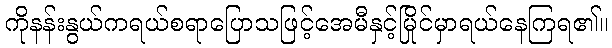
ကိုနန်းနွယ်ကရယ်စရာပြောသဖြင့်အေမီနှင့်မြိုင်မှာရယ်နေကြရ၏။